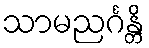
သာမညင်္ဂန္တိ